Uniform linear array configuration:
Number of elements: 8
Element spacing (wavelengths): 0.5
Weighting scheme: uniform
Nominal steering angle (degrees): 15
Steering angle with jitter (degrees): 14.921
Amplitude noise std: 0.05
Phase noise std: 0.05

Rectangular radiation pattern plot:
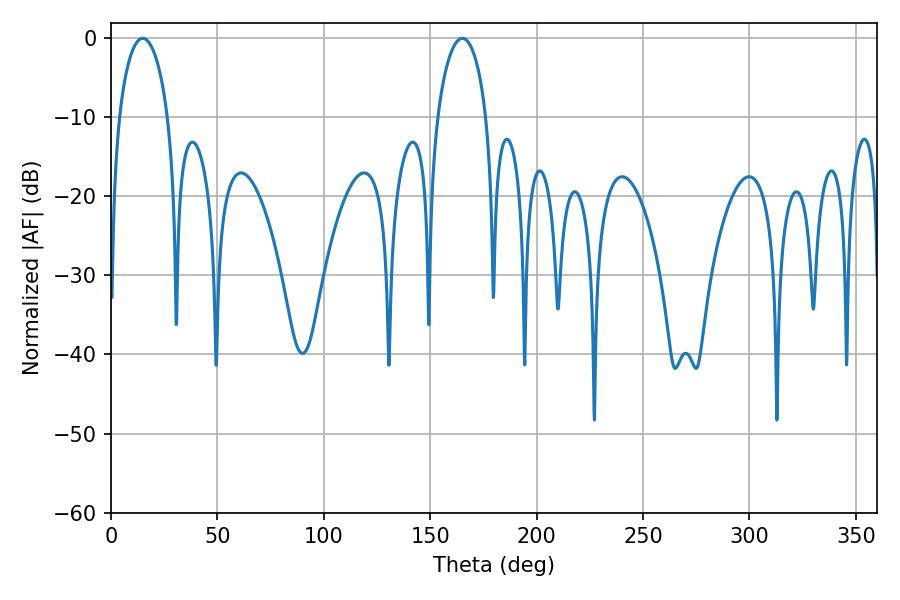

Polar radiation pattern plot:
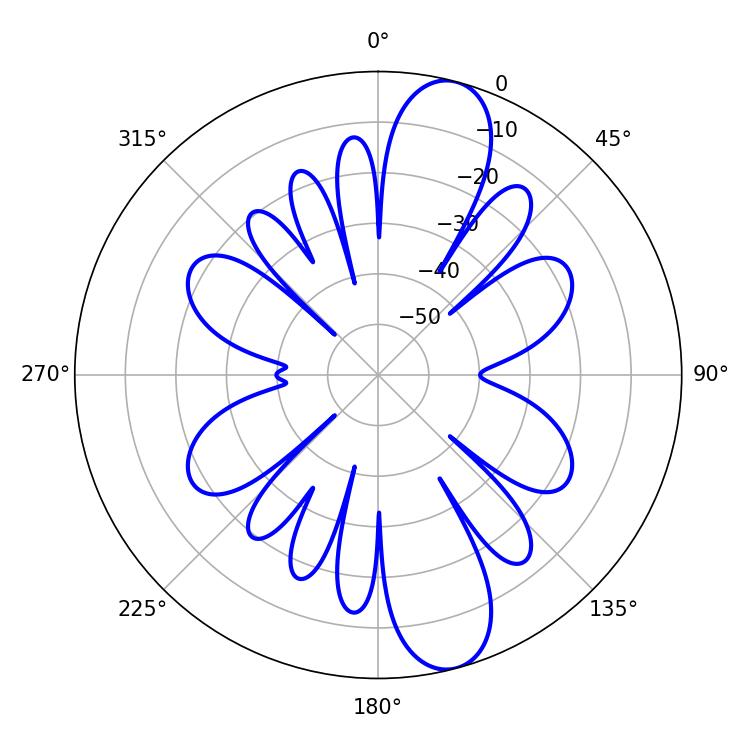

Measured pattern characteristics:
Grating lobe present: FALSE
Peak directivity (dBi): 11.921
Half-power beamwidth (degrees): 13.14
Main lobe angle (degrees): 14.94